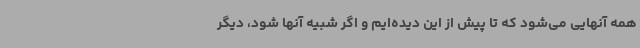
همه آنهایی می‌شود که تا پیش از این دیده‌ایم و اگر شبیه آنها شود، دیگر